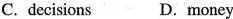
C. decisions D. Money